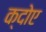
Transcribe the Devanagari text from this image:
क्दोए